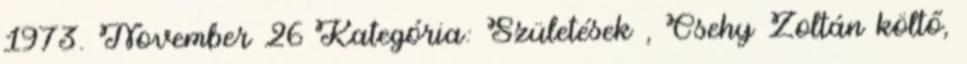
1973. November 26 Kategória: Születések , Csehy Zoltán költő,